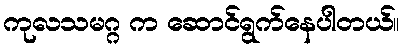
ကုလသမဂ္ဂ က ဆောင်ရွက်နေပါတယ်။